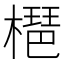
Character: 𣚒